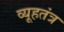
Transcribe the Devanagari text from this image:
व्यूहतंत्र